Scottish Leaving Certificate Examination, 1961
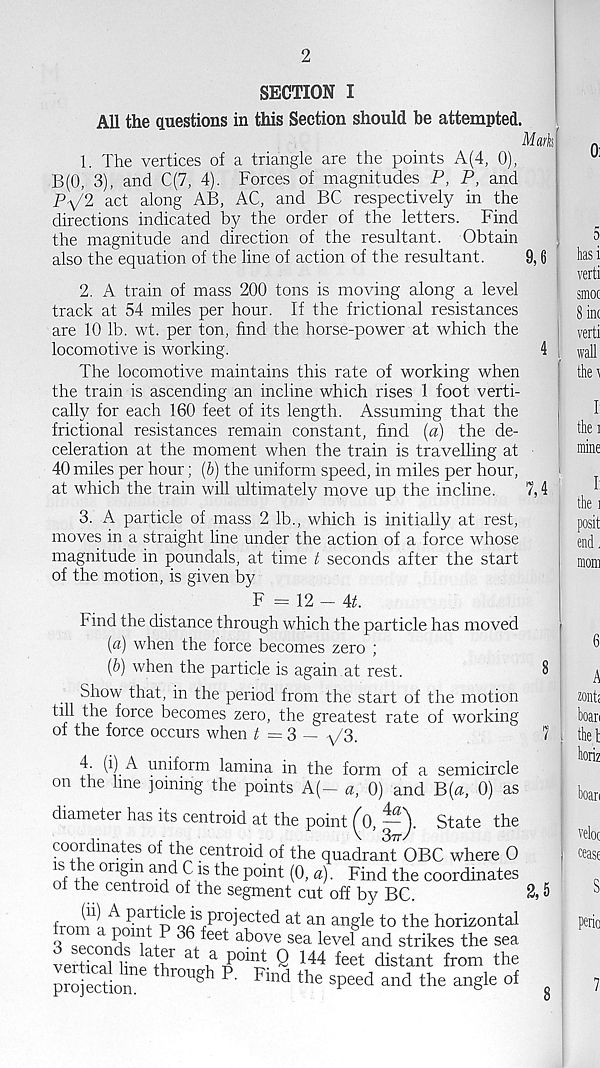
2
SECTION I
All the questions in this Section should he attempted.
Man
1. The vertices of a triangle are the points A (4, 0),
B(0, 3), and C(7, 4). Forces of magnitudes P, P, and
Py'2 act along AB, AC, and BC respectively in the
directions indicated by the order of the letters. Find
the magnitude and direction of the resultant. Obtain
also the equation of the line of action of the resultant.
9,6
2. A train of mass 200 tons is moving along a level
track at 54 miles per hour. If the frictional resistances
are 10 lb. wt. per ton, find the horse-power at which the
locomotive is working.
4
The locomotive maintains this rate of working when
the train is ascending an incline which rises 1 foot verti-
cally for each 160 feet of its length. Assuming that the
frictional resistances remain constant, find (a) the de-
celeration at the moment when the train is travelling at
40 miles per hour; (b) the uniform speed, in miles per hour,
at which the train will ultimately move up the incline.
7,4
3. A particle of mass 2 lb., which is initially at rest,
moves in a straight line under the action of a force whose
magnitude in poundals, at time t seconds after the start
of the motion, is given by
F = 12 - At.
hind the distance through which the particle has moved
(a) when the force becomes zero ;
{b) when the particle is again at rest.
8
Show that, in the period from the start of the motion
till the force becomes zero, the greatest rate of working
of the force occurs when t = 3 — ^3.
1
4. (i) A uniform lamina in the form of a semicircle
on the line joining the points A(- a, 0) and B{a, 0) as
diameter has its centroid at the point (o, —State the
coordinates of the centroid of the quadrant" OBC where O
u r) 6 0ri ®+ n ai^ 9P°i n t (0, a). Find the coordinates
of the centroid of the segment cut off by BC.
frnif-j A
is projected at an angle to the horizontal
o ™ a 5 w P 36
+
feet above sea level and strikes the sea
vertical < llnp a +^r
Q 144 feet distant from the
projection
rou §^ P- Fmd the speed and the angle of
2,5
8